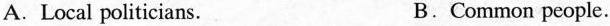
A.Local politicians. B.Common people.